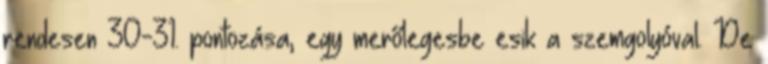
rendesen 30-31. pontozása, egy merőlegesbe esik a szemgolyóval. De